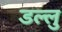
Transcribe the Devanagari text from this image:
डल्लु